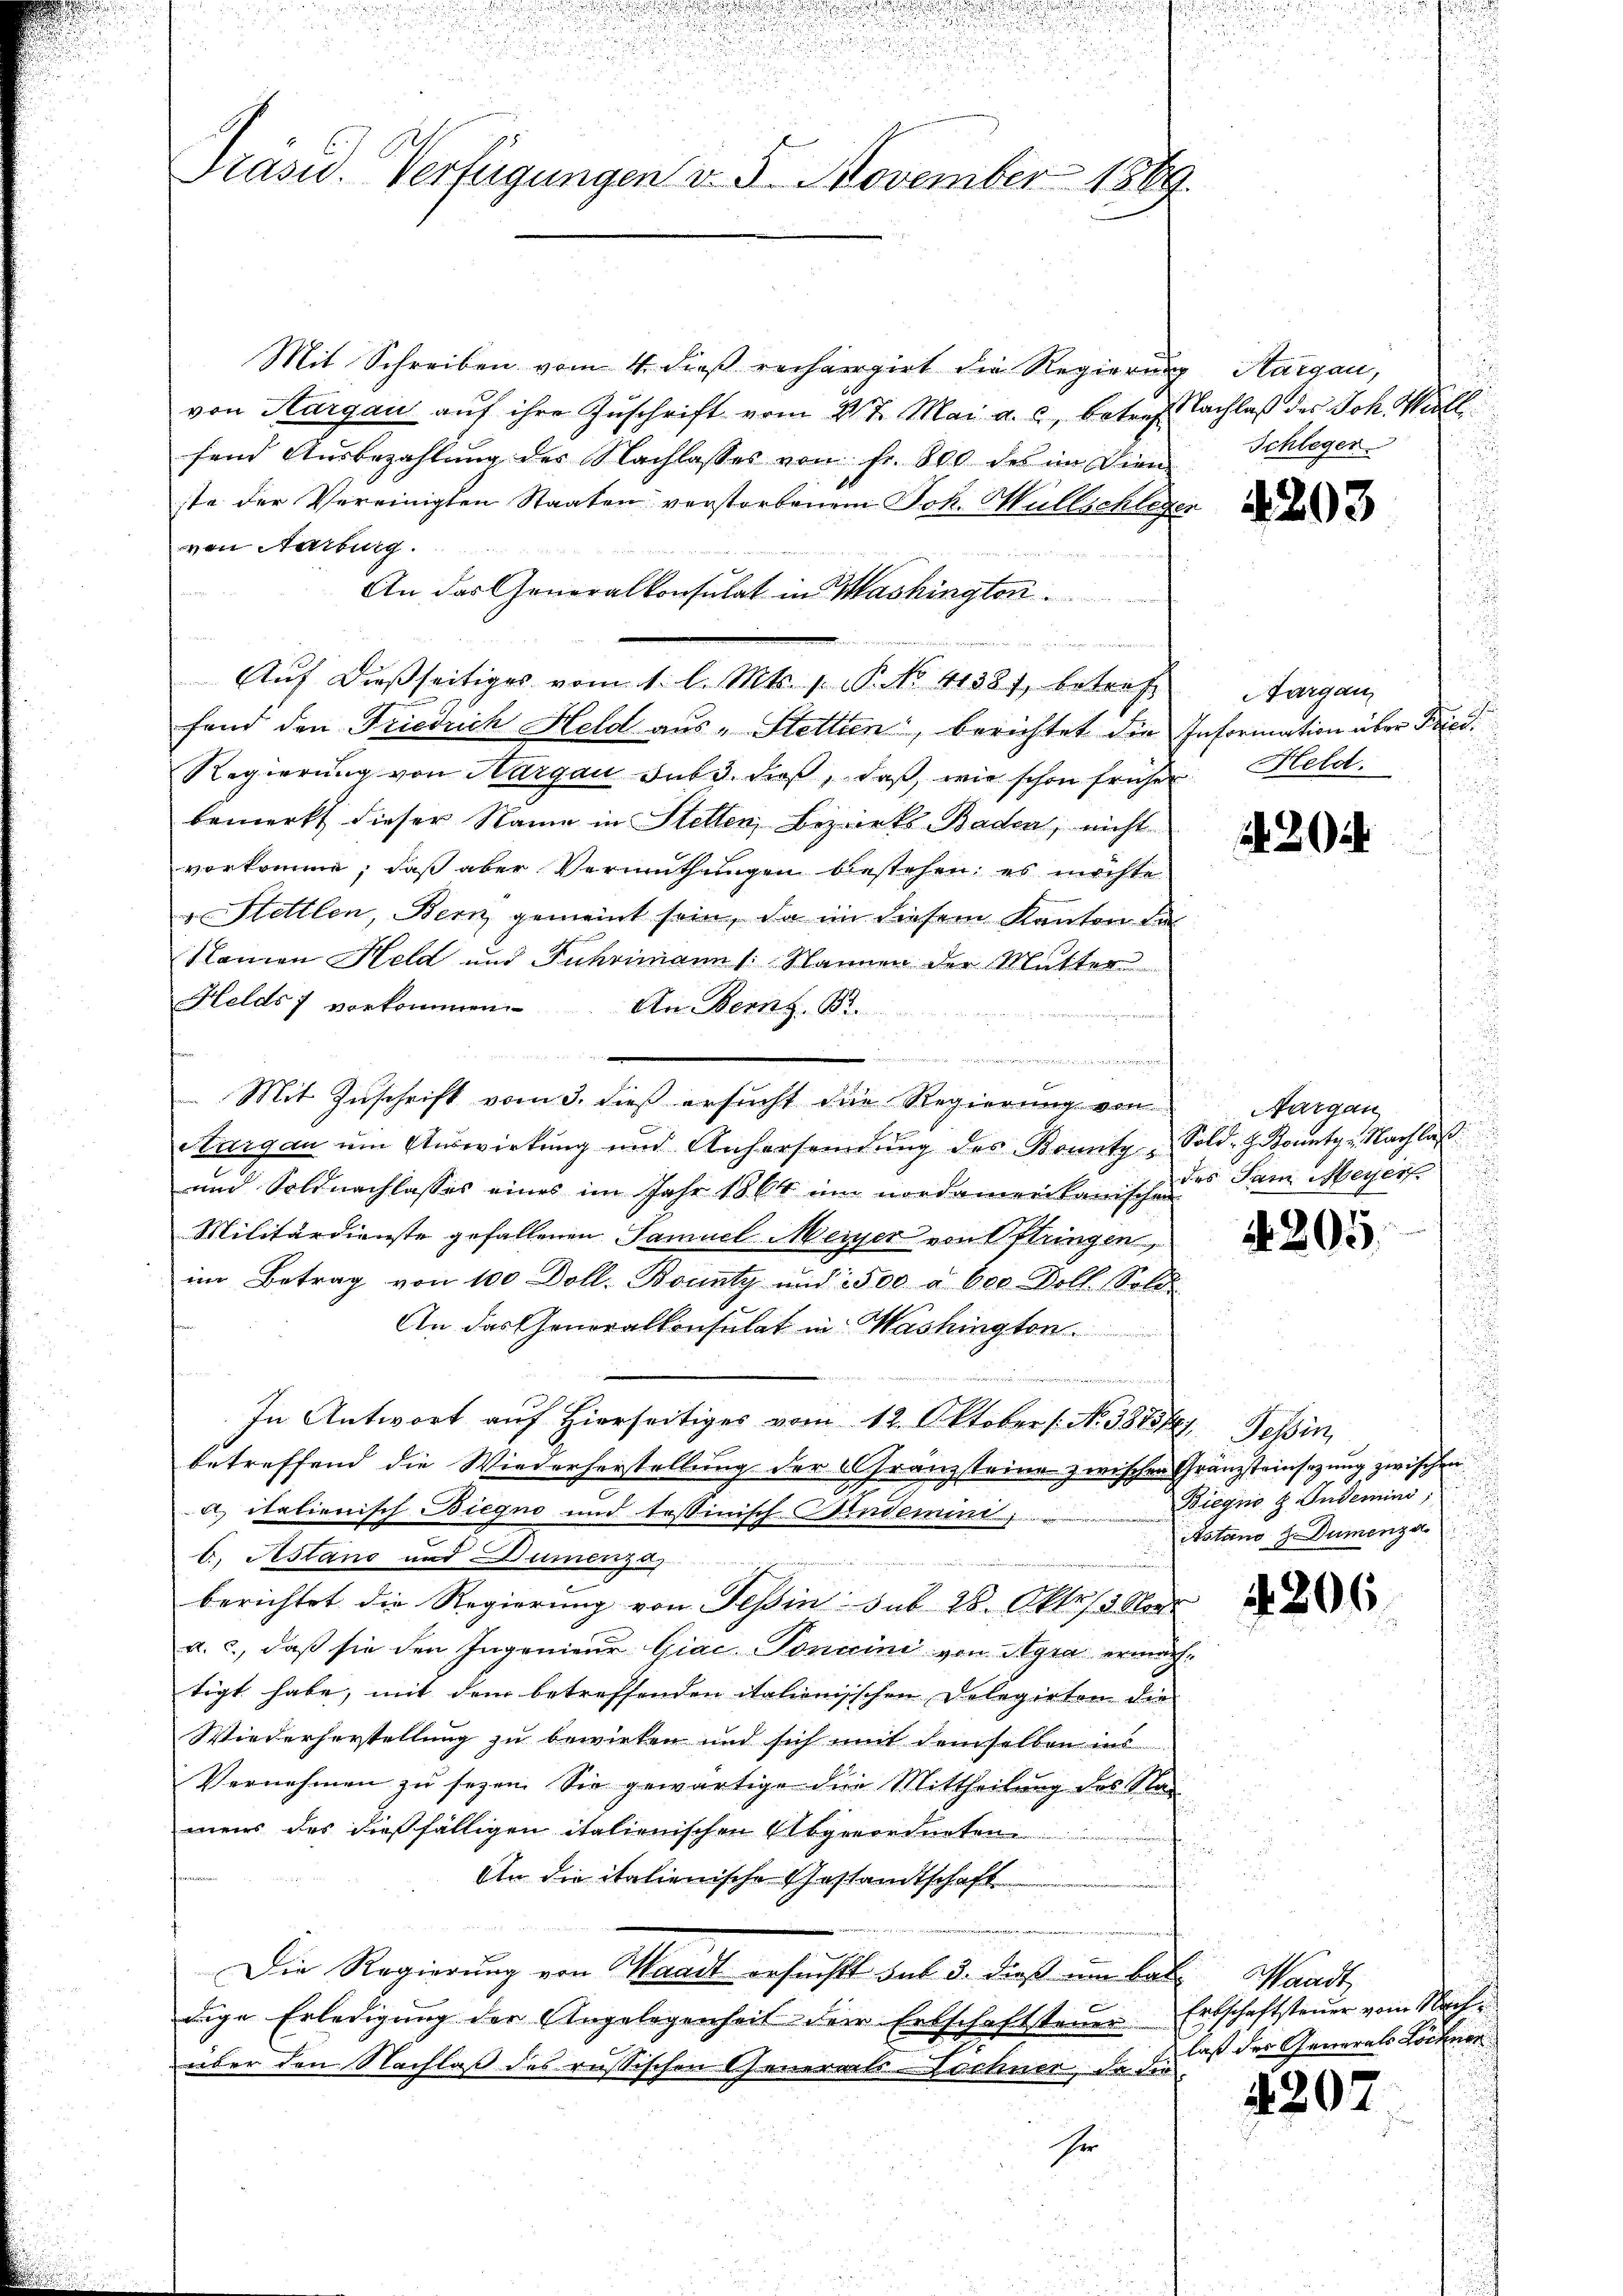
Präsid. Verfügungen v. 5. November 1889.

Mit Schreiben vom 4. dieß rechnergirt die Regierung Aargau,
von Aargau auf ihre Zuschrift vom 21t Mai a. c. betref Nachlaß des Joh. Möll
fend Ausbezahlung der Nachlasses von Fr. 800 des im Dien
ste der Vereinigten Staaten verstorbenem Joh. Müllschlegen
von Narburg.
An das Generalkonsulat in Washingtoni.
Aŭf dießseitiges vom 1. l. Mts. 1. P. No. 41381, betref
fand den Friedrich Held aus „Stettin, berichtet die Information über Fried¬
Regierung von Nargau sub 3. dieß, daß, wie schon früher Held
bemerkt dieser Name in Stellen Bezirks Baden, nicht
vorkomme; daß aber Vermuthungen bestehen; es möchte
Stettlen, Bern gemeint sein, da in diesem Kanton de
Namen Held und Fuhrimann (: Nannen der Mutter
Helds vorkommen. An Bern. Br
u
f
 Mit Zuschrift vom 3. dieß ersucht die Regierung von
Aargau um Auswirkung und Anhersendŭng des Konnte Sold- H. Bounty Nachlaß
und Soldnachlasses eines im Jahr 1864 im nordamerikanischens Sam Meyer
Militärdienste gefallenen Samuel Meiner von Oftringen,
im Betrag von 100 Doll. Bounty und 1500 aber Voll Sold
An das Generalkonsulat in Washington
e
In Antwort auf Hierseitiges vom 12. Oktober (: No 38737),
betreffend die Wiederherstellung der Franzsteine zwischen Gränzteinsezung zwischen
a italienisch Biegno und testinisch-Kinderen
b. Astand und Dumenza,
u
berichtet die Regierung von Teßin sub 28. Okt. 12. Nor
a. c., daß sie den Ingenieur Giaconuini von Agra ermächtigt habe, mit dem betreffenden italienisschen Delegirten die
Wiederherstellung zu bewirten und sich mit demselben ins
Vernehmen zŭ sezen. Sie gewärtige die Mittheilung des Nac
mens des dießfälligen italienischen Abgeordneten
An die italienische Gestandtschaft
Die Regierung von Waadt ersucht auf 3. dieß um hat. Waadt,
dige Erledigung der Angelegenheit der Erbschaftsteuer Erbschaftsteuer vom Nachüber den Nachlaß des russischen Generals Dochner, da die
Er

n

Schleger

4203

Aargau,

20

Nargau

4205.

Tessin,
Biegno d. Indemini
Astand J. Dumenza

4206.

laß der Generals Löchner
n

4207